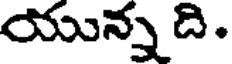
యున్న ది.